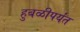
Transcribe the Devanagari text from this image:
हुबळीपर्यंत